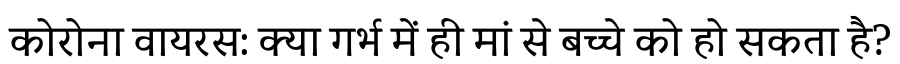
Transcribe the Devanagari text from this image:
कोरोना वायरस: क्या गर्भ में ही मां से बच्चे को हो सकता है?